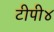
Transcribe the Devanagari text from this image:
टीपी४